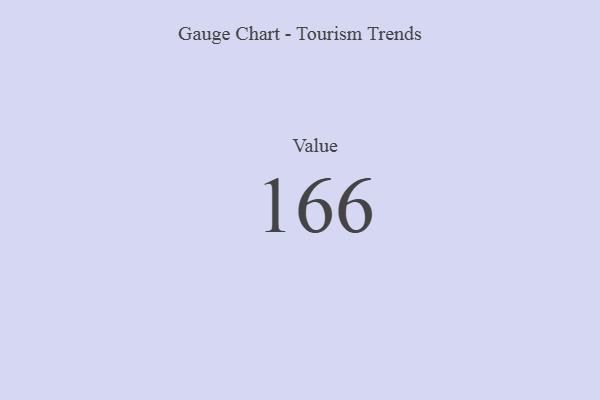
{"axis": {"x": "Metric", "y": "Value"}, "legend": [""], "data": [{"x": "Value", "y": 166, "type": ""}]}